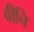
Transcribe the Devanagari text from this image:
वीचि